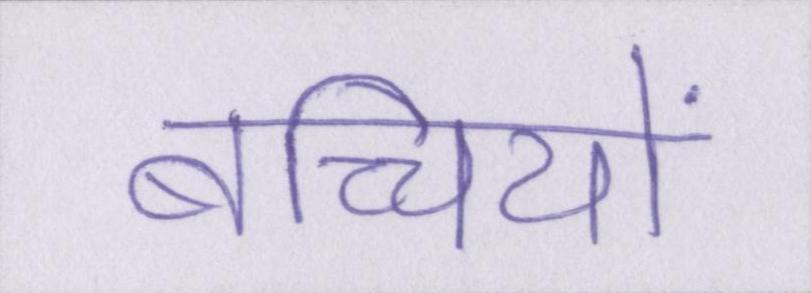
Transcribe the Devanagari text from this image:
बच्चियों